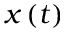
x \left( t \right)